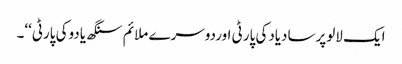
ایک لالوپرسادیادکی پارٹی اوردوسرے ملائم سنگھ یادوکی پارٹی‘‘۔